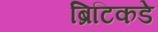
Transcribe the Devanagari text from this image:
ब्रिटिकडे